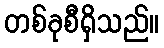
တစ်ခုစီရှိသည်။